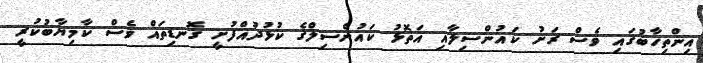
އިންތިހާބުގައި ވެސް ރަށު ކައުންސިލާއި އަތޮޅު ކައުންސިލްގެ ކުޅުދުއްފުށީ ގޮނޑިތައް ވެސް ކާމިޔާބުކުރީ